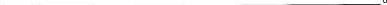
___.